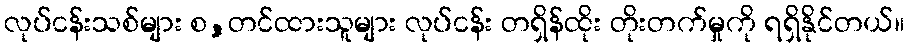
လုပ်ငန်းသစ်များ စ,တင်ထားသူများ လုပ်ငန်း တရှိန်ထိုး တိုးတက်မှုကို ရရှိနိုင်တယ်။